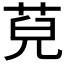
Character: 𦯵